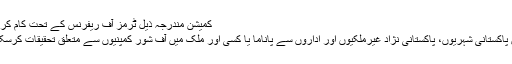
کمیشن مندرجہ ذیل ٹرمز آف ریفرنس کے تحت کام کرے گا:
کمیشن پاکستانی شہریوں، پاکستانی نژاد غیرملکیوں اور اداروں سے پاناما یا کسی اور ملک میں آف شور کمپنیوں سے متعلق تحقیقات کرسکے گا۔